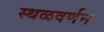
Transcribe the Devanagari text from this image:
स्थळवर्णन